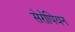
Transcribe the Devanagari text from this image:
सेरोपियन